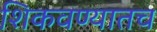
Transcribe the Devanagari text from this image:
शिकवण्यातच